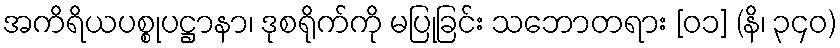
အကိရိယပစ္စုပဋ္ဌာနာ၊ ဒုစရိုက်ကို မပြုခြင်း သဘောတရား [၀၁] (နိ၊ ၃၄၀)